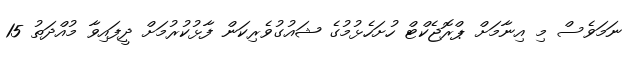
ނަމަވެސް މި އިނާމަށް ޕްރޮޖެކްޓް ހުށަހެޅުމުގެ ޝައުގުވެރިކަން ފާޅުކުރުމަށް ދީފައިވާ މުއްދަތު 15